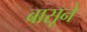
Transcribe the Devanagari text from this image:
बासूने